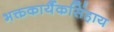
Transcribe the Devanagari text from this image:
भक्तकार्यैकसिंहाय